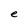
Character: e